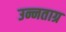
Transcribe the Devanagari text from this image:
उन्नताग्र